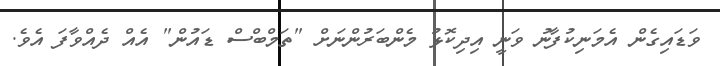
ވަޑައިގެން އެމަނިކުފާނު ވަނީ އިދިކޮޅު މެންބަރުންނަށް "ތަމްބްސް ޑައުން" އެއް ދެއްވާފަ އެވެ.